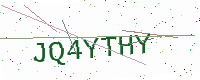
Text: JQ4YTHY